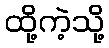
ထို့ကဲ့သို့